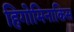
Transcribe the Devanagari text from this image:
हिगोमिनाकिस